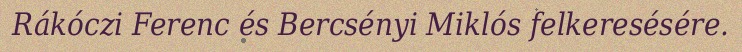
Rákóczi Ferenc és Bercsényi Miklós felkeresésére.